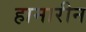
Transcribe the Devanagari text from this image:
हामारीन